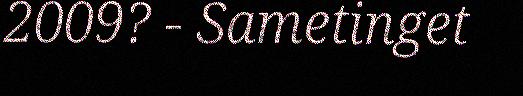
2009? - Sametinget